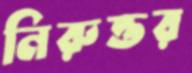
নিরুত্তর